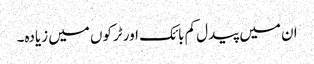
ان میں پیدل کم بائک اور ٹرکوں میں زیادہ۔